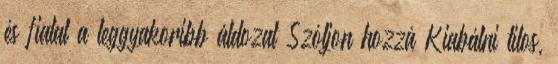
és fiatal a leggyakoribb áldozat Szóljon hozzá Kiabálni tilos,